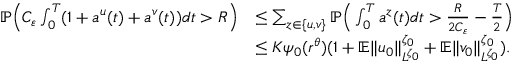
\begin{array} { r l } { { \mathbb P } \Big ( C _ { \varepsilon } \int _ { 0 } ^ { T } ( 1 + a ^ { u } ( t ) + a ^ { v } ( t ) ) d t > R \Big ) } & { \leq \sum _ { z \in \{ u , v \} } { \mathbb P } \Big ( \int _ { 0 } ^ { T } a ^ { z } ( t ) d t > \frac { R } { 2 C _ { \varepsilon } } - \frac { T } { 2 } \Big ) } \\ & { \leq K \psi _ { 0 } ( r ^ { \theta } ) ( 1 + { \mathbb E } \| u _ { 0 } \| _ { L ^ { \zeta _ { 0 } } } ^ { \zeta _ { 0 } } + { \mathbb E } \| v _ { 0 } \| _ { L ^ { \zeta _ { 0 } } } ^ { \zeta _ { 0 } } ) . } \end{array}